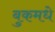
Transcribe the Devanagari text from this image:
बुकमधे